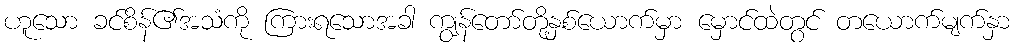
ဟူသော ခင်စိန်၏အသံကို ကြားရသောအခါ ကျွန်တော်တို့နှစ်ယောက်မှာ မှောင်ထဲတွင် တယောက်မျက်နှာ